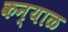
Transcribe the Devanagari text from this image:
कन्याळ